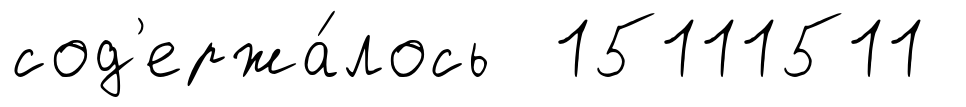
сод'ержа́лось 15111511